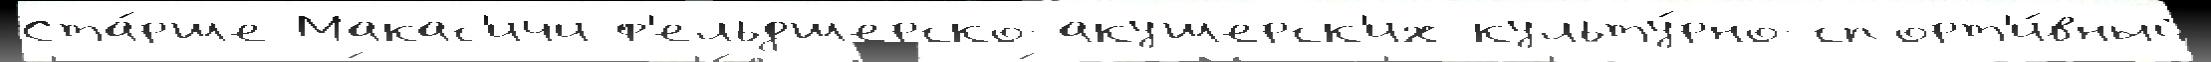
Ста́рше Макас'ичи ф'ельдшерско-акушерск'их культу́рно-спорт'и́вный